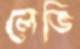
লেভি